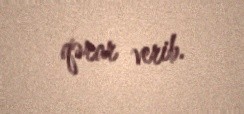
qərar verib.